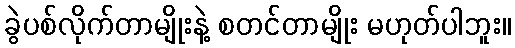
ခွဲပစ်လိုက်တာမျိုးနဲ့ စတင်တာမျိုး မဟုတ်ပါဘူး။